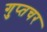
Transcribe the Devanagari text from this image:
गुप्‍तचर